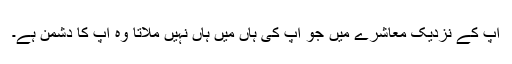
آپ کے نزدیک معاشرے میں جو آپ کی ہاں میں ہاں نہیں ملاتا وہ آپ کا دشمن ہے۔